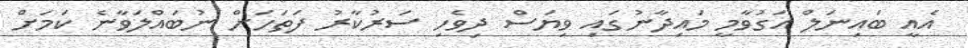
އެއީ ބައިނަލް އަގުވާމީ މައިދާނުގައި ވިޔަސް ދިވެހި ސަރުކާރު ފަތަހަށް ނުބައްލަވާނެ ކަމަށް